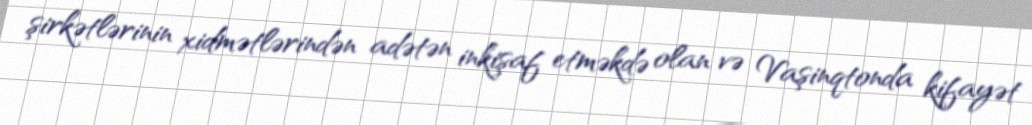
şirkətlərinin xidmətlərindən adətən inkişaf etməkdə olan və Vaşinqtonda kifayət